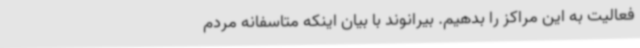
فعالیت به این مراکز را بدهیم. بیرانوند با بیان اینکه متاسفانه مردم